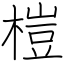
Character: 榿